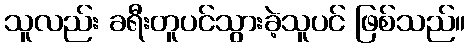
သူလည်း ခရီးတူပင်သွားခဲ့သူပင် ဖြစ်သည်။